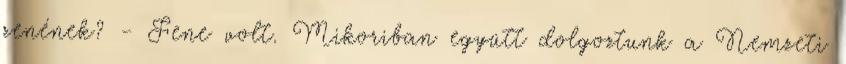
zenének? - Fene volt. Mikoriban együtt dolgoztunk a Nemzeti